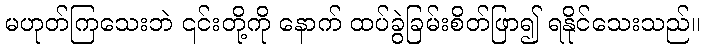
မဟုတ်ကြသေးဘဲ ၎င်းတို့ကို နောက် ထပ်ခွဲခြမ်းစိတ်ဖြာ၍ ရနိုင်သေးသည်။